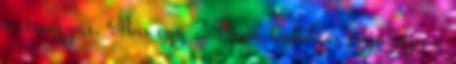
testmozgás. Már egy 25 perc testedzés is javítja a